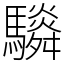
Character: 䮼